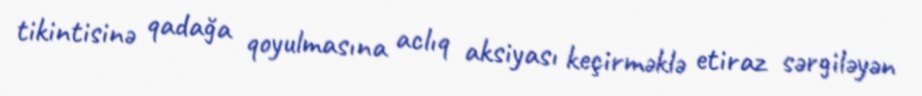
tikintisinə qadağa qoyulmasına aclıq aksiyası keçirməklə etiraz sərgiləyən